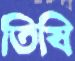
তিষি